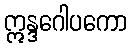
ဣန္ဒဂေါပကော